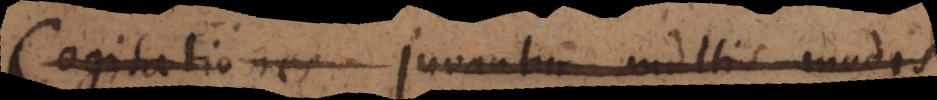
Cogitationes juvantur multis modis